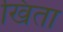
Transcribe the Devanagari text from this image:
खिता